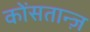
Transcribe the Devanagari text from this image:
कोंसतान्ज़